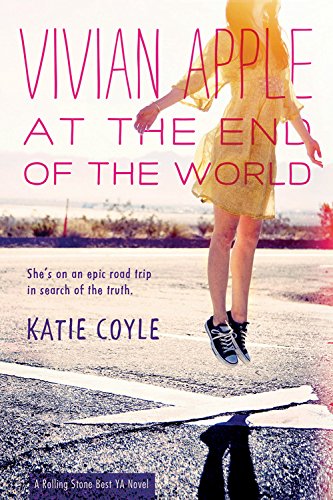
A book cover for Vivian Apple at the End of the World; Katie Coyle; Teen & Young Adult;